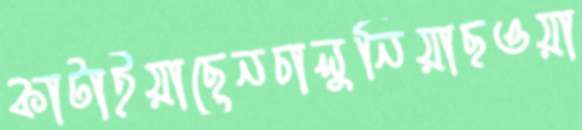
কাটাইয়াছেনচালুনিয়াছওয়া